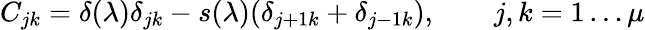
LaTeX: C_{jk}=\delta(\lambda)\delta_{jk}-s(\lambda)(\delta_{j+1k}+\delta_{j-1k}),\qquad j,k=1\dots\mu